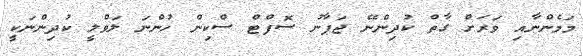
މަމެންނާއި ވަރަށް ގާތް ކުދިންނޭ ޖަޕާނު ސޮފްޓް ސްކިން ހުންނަ ލަވްލީ ކުދިންނަކީ